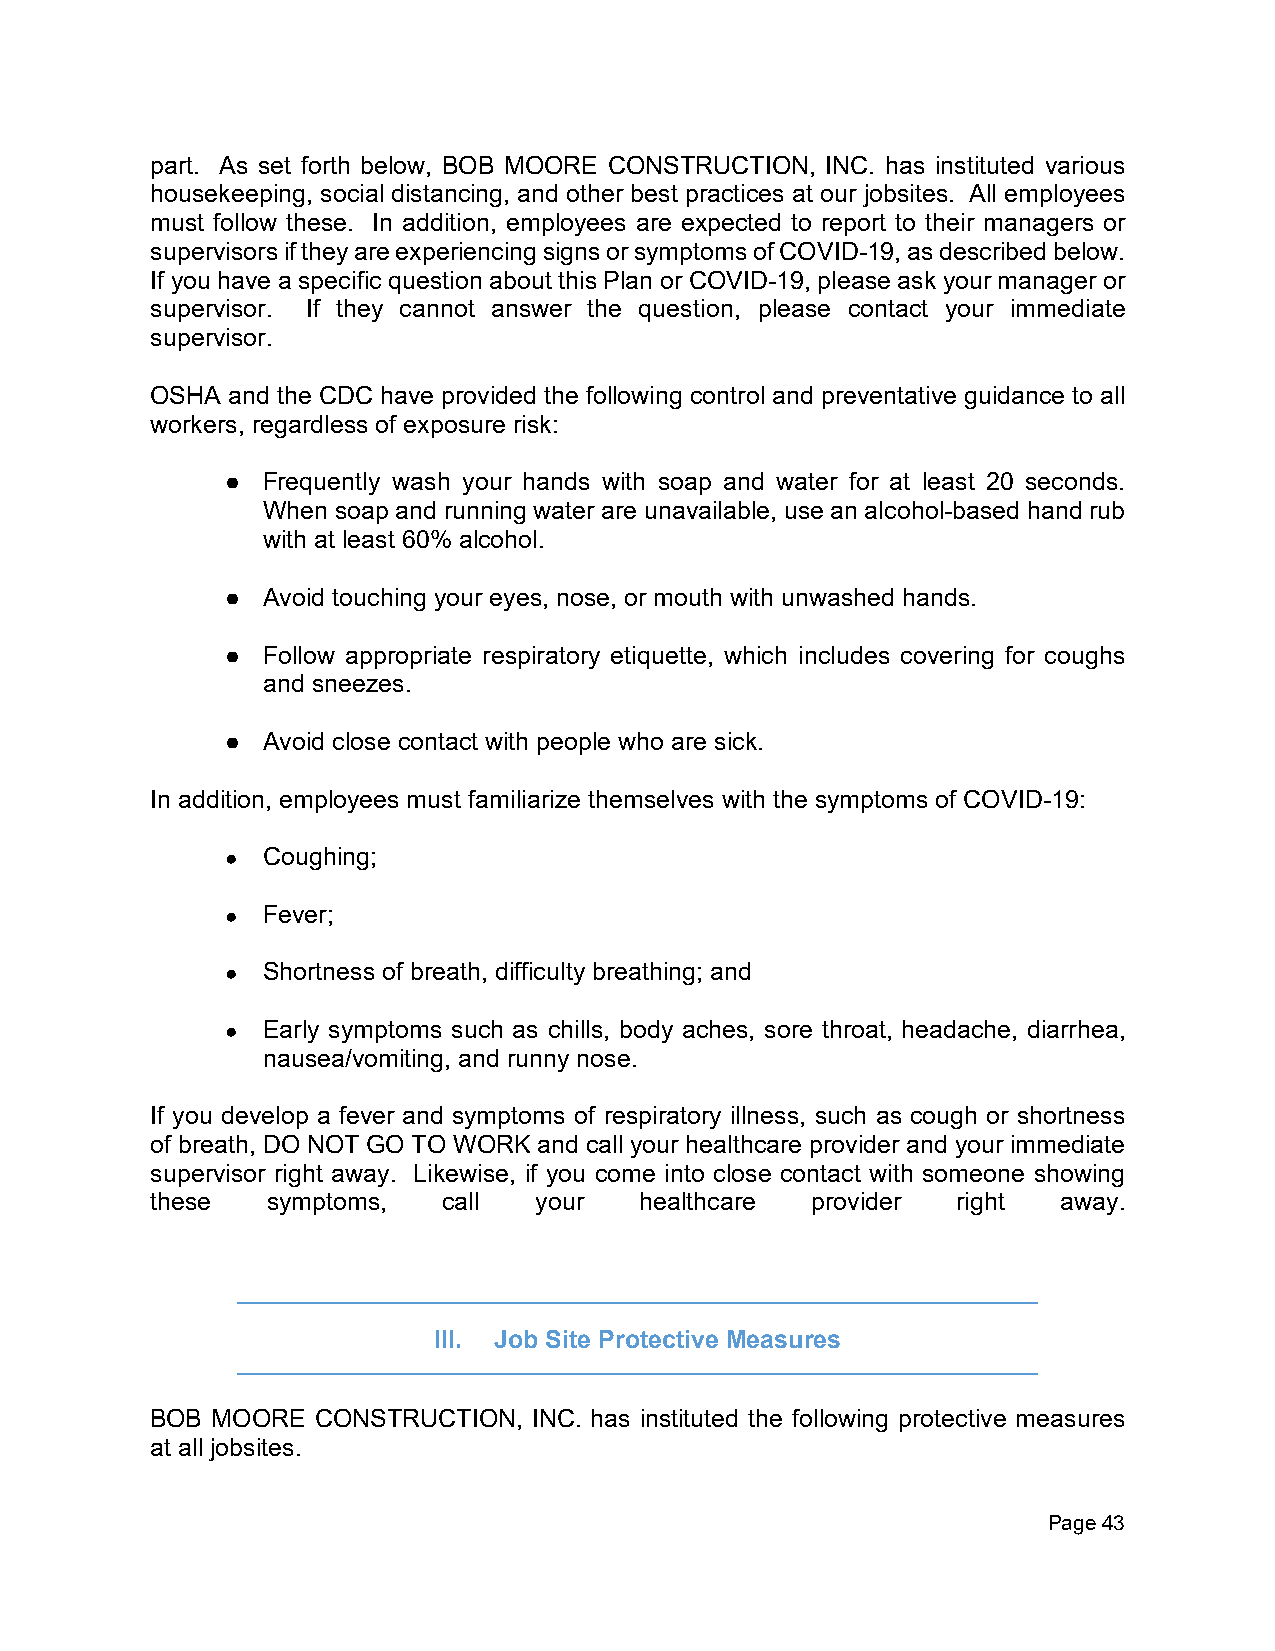
part. As set forth below, BOB MOORE CONSTRUCTION, INC. has instituted various
 housekeeping, social distancing, and other best practices at our jobsites. All employees
 must follow these. In addition, employees are expected to report to their managers or
 supervisors if they are experiencing signs or symptoms of COVID-19, as described below.
 If you have a specific question about this Plan or COVID-19, please ask your manager or
 supervisor. If they cannot answer the question, please contact your immediate
 supervisor.
 OSHA and the CDC have provided the following control and preventative guidance to all
 workers, regardless of exposure risk:
 ● Frequently wash your hands with soap and water for at least 20 seconds.
 When soap and running water are unavailable, use an alcohol-based hand rub
 with at least 60% alcohol.
 ● Avoid touching your eyes, nose, or mouth with unwashed hands.
 ● Follow appropriate respiratory etiquette, which includes covering for coughs
 and sneezes.
 ● Avoid close contact with people who are sick.
 In addition, employees must familiarize themselves with the symptoms of COVID-19:
 ● Coughing;
 ● Fever;
 ● Shortness of breath, difficulty breathing; and
 ● Early symptoms such as chills, body aches, sore throat, headache, diarrhea,
 nausea/vomiting, and runny nose.
 If you develop a fever and symptoms of respiratory illness, such as cough or shortness
 of breath, DO NOT GO TO WORK and call your healthcare provider and your immediate
 supervisor right away. Likewise, if you come into close contact with someone showing
 these   symptoms,  call  your   healthcare  provider right  away.
 III. Job Site Protective Measures
 BOB MOORE  CONSTRUCTION, INC. has instituted the following protective measures
 at all jobsites.
 Page 43